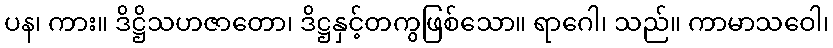
ပန၊ ကား။ ဒိဋ္ဌိသဟဇာတော၊ ဒိဋ္ဌနှင့်တကွဖြစ်သော။ ရာဂေါ၊ သည်။ ကာမာသဝေါ၊